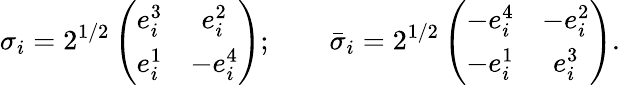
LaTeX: \sigma_{i}=2^{1/2}\left(\begin{array}{cc}{{e_{i}^{3}}}&{{e_{i}^{2}}}\\ {{e_{i}^{1}}}&{{-e_{i}^{4}}}\end{array}\right);\qquad\bar{\sigma}_{i}=2^{1/2}\left(\begin{array}{cc}{{-e_{i}^{4}}}&{{-e_{i}^{2}}}\\ {{-e_{i}^{1}}}&{{e_{i}^{3}}}\end{array}\right).